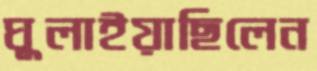
ঘুলাইয়াছিলেন